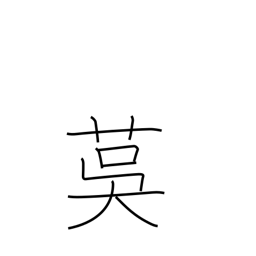
Meaning: matting